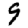
Digit: 9